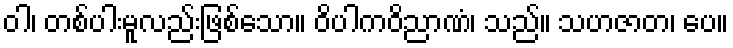
ဝါ၊ တစ်ပါးမူလည်းဖြစ်သော။ ဝိပါကဝိညာဏံ၊ သည်။ သဟဇာတ၊ ပေ။